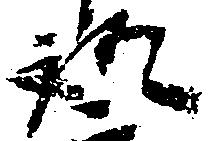
証